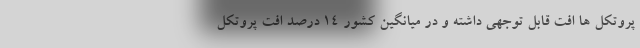
پروتکل ها افت قابل توجهی داشته و در میانگین کشور ۱۴ درصد افت پروتکل